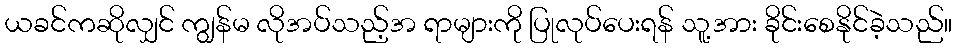
ယခင်ကဆိုလျှင် ကျွန်မ လိုအပ်သည့်အ ရာများကို ပြုလုပ်ပေးရန် သူ့အား ခိုင်းစေနိုင်ခဲ့သည်။